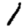
Digit: 1